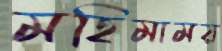
মহিমাময়